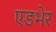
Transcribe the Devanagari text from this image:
एडभेर